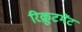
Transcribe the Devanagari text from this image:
रिक्रूटमेंट